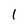
Character: 1